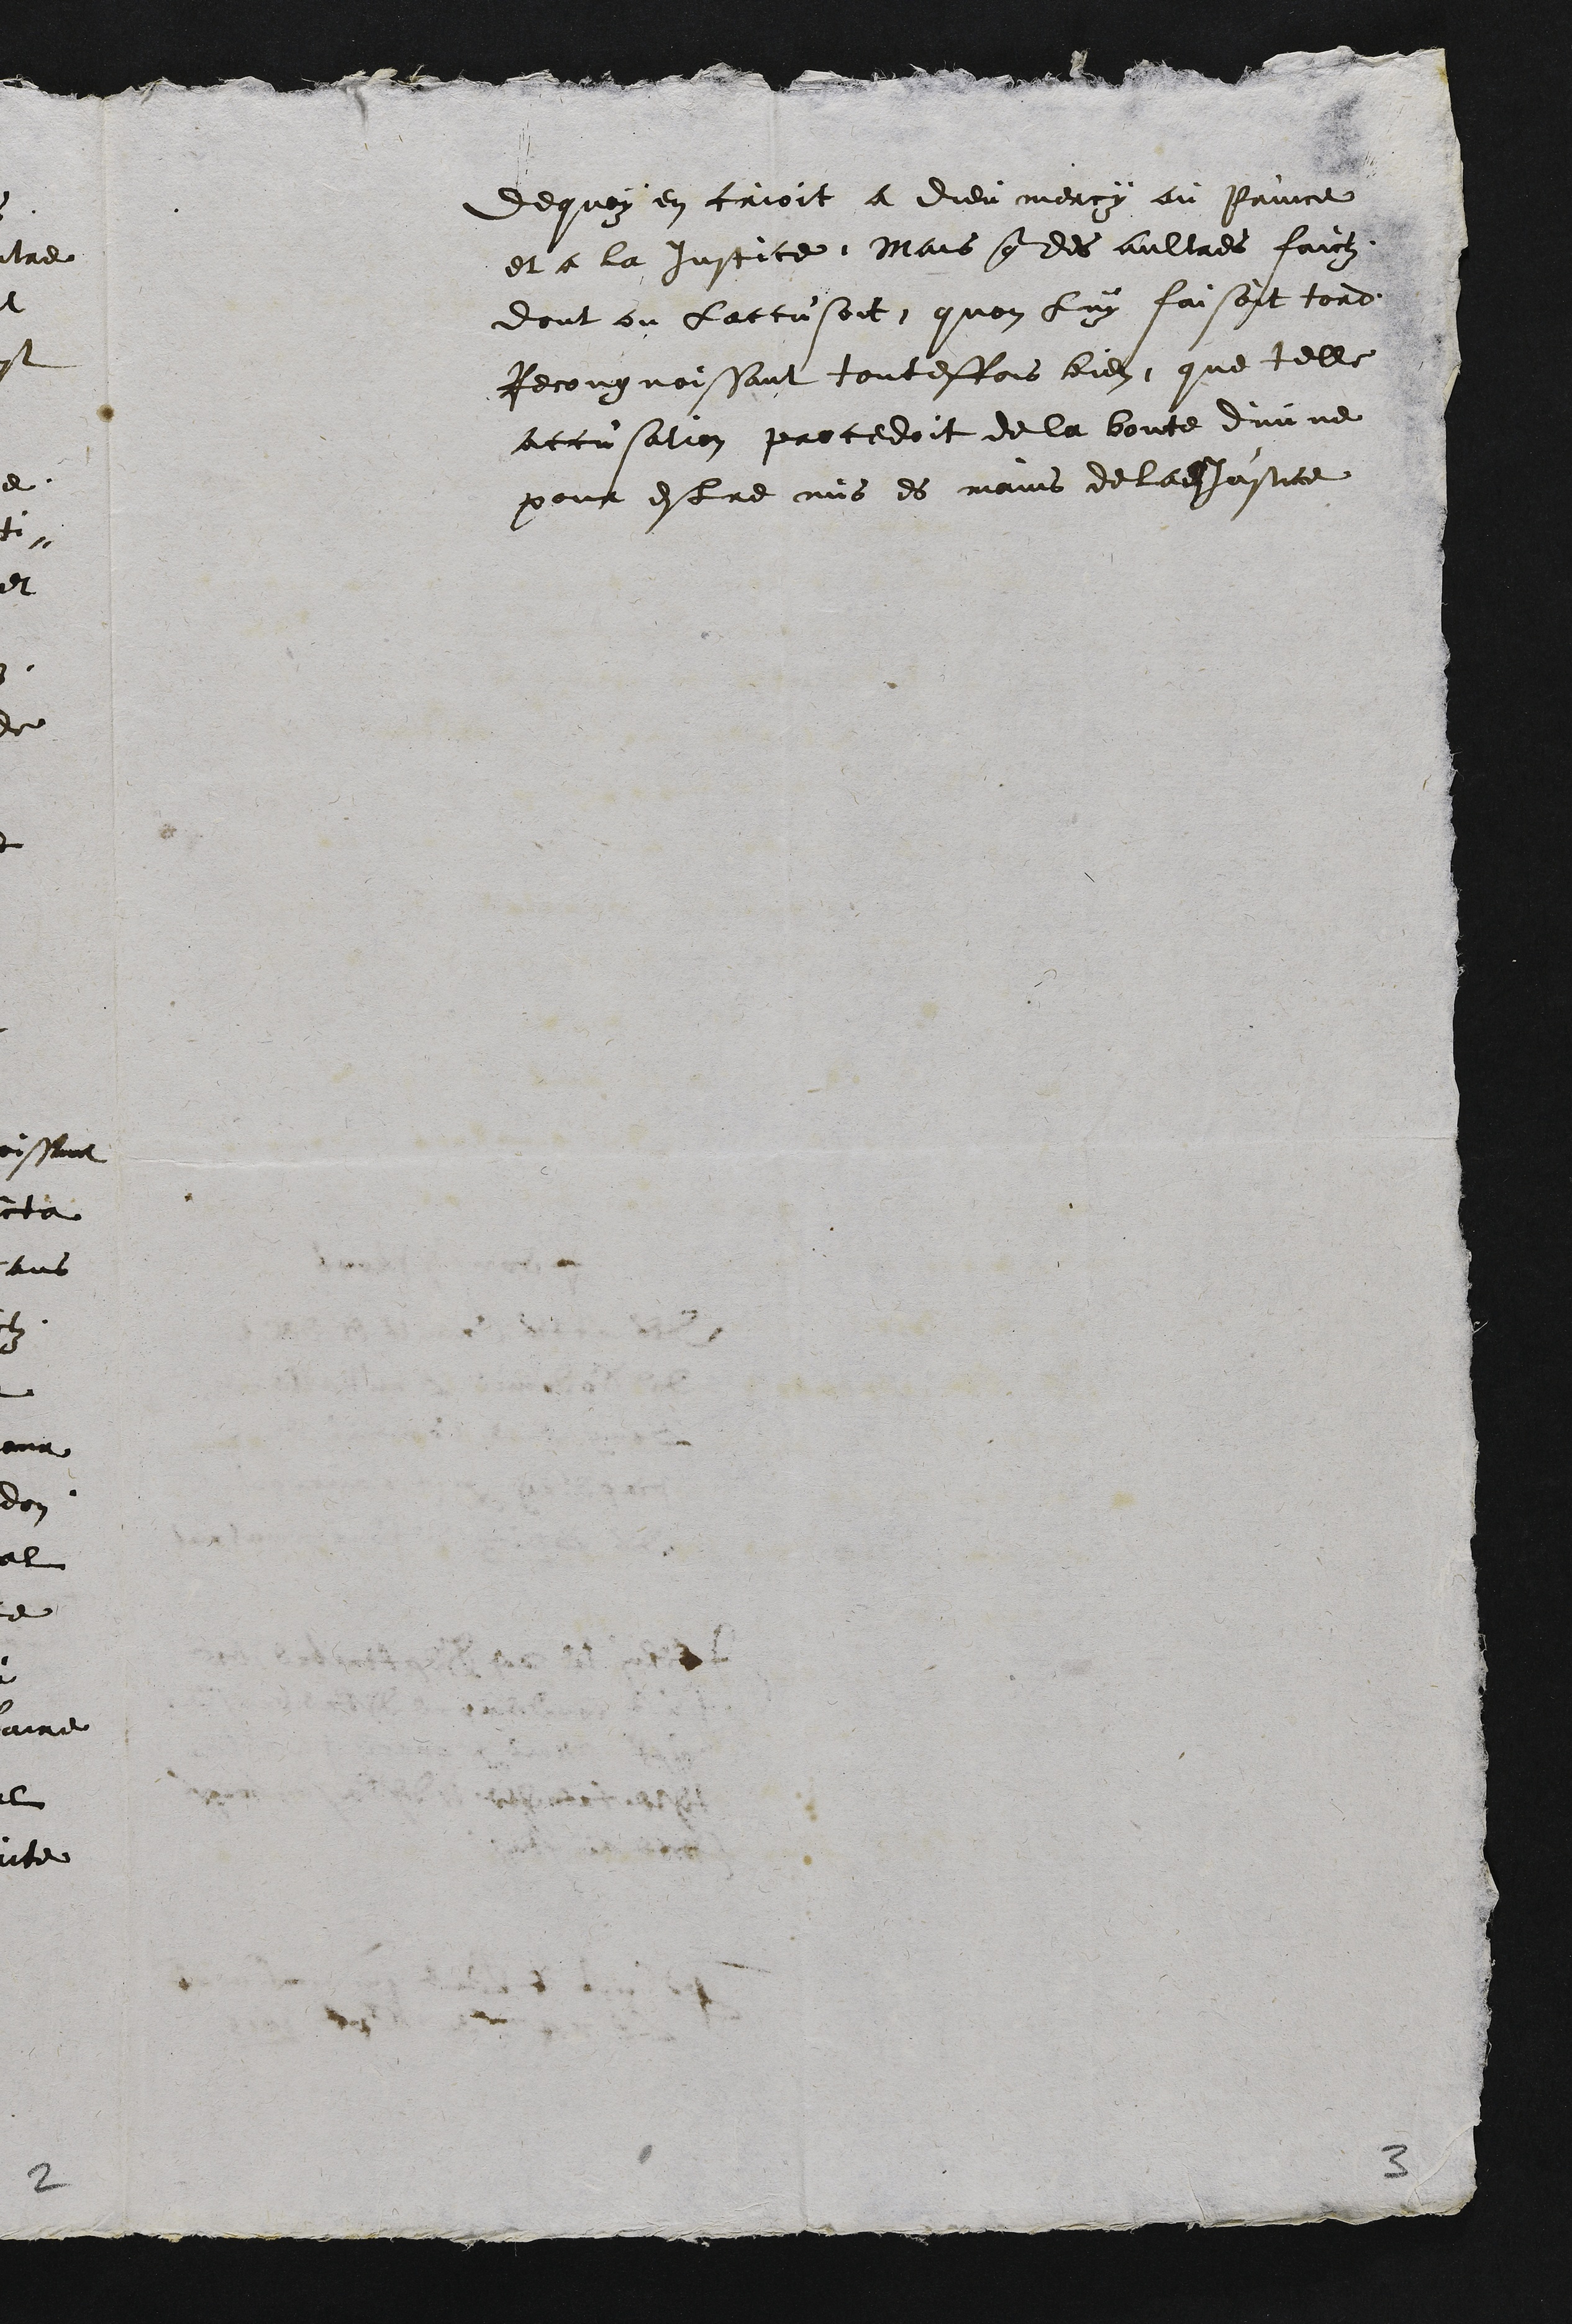
dequoy en crioit a dieu mercy au prince
et a la justice Mais que des aultres faictz
dont on laccusoit quon luy faisoit tord
Recougnoissant toutesfois bien que telle
accusation procedoit de la bonte divine
pour estre mis es mains de lad justice